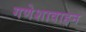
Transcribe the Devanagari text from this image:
गणेशावाहन